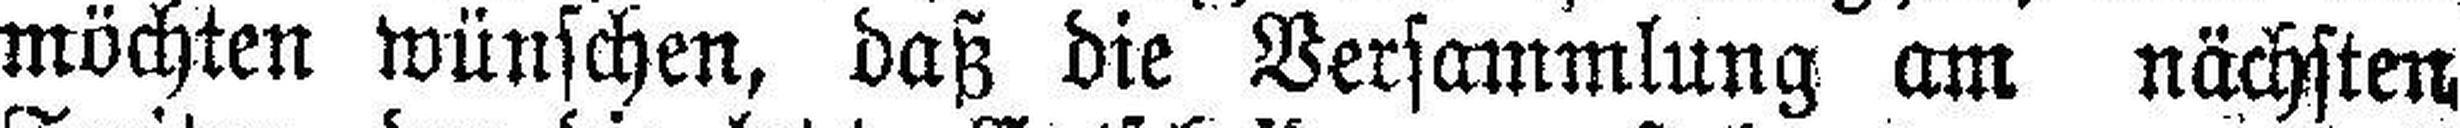
möchten wünschen, daß die Versammlung am nächsten